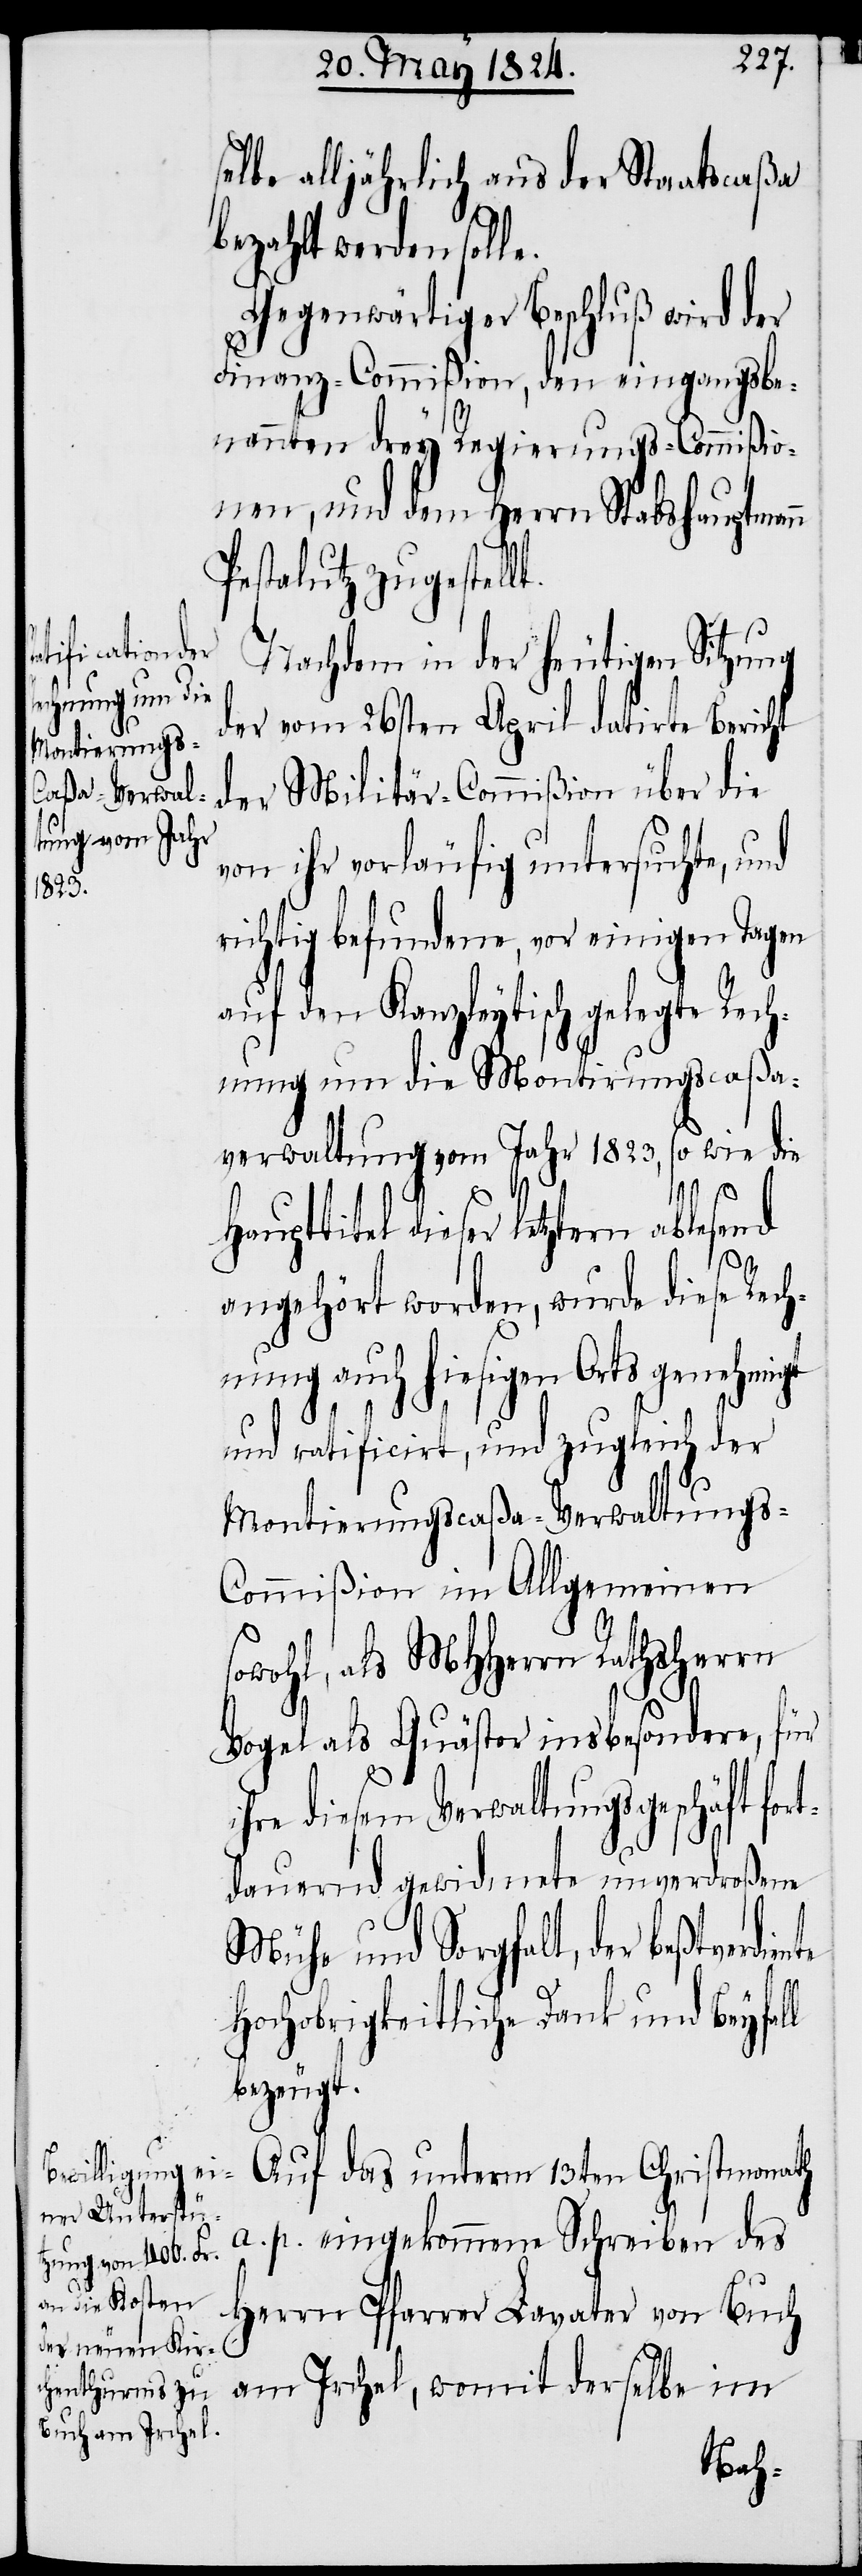
selbe alljährlich aus der Staatscaßa
bezahlt werden solle.
Gegenwärtiger Beschluß wird der
Finanz-Commißion, den eingangs be¬
nannten drey Regierungs-Commißio¬
n, und dem Herrn Stabshauptman¬
Pestalutz zugestell¬
Nachdem in der heutigen Sitzung
der vom 26sten April datirte Bericht
der Militär-Commißion über die
von ihr vorläufig untersuchte, und
richtig befundene, vor einigen Tagen
auf den Kanzleytisch gelegte Rech¬
nung nun die Montirungscaßa¬
verwaltung vom Jahr 1823, so wie die
dieser letztern ablesend
angehört worden, wurde diese Rech¬
nung auch hiesigen Orts genehmigt
te
und ratificirt, und zugleich der
Montierungscaßa-Verwaltungs-C¬
ommißion im Allgemeinen
Irchel, womit derselbe im
Vogel als Quästor insbesondere, für
hre diesem Verwaltungsgeschäft for¬
tdauernd gewidmete unverdroßene
Mühe und Sorgfalt, der beßtverdien¬
Hochobrigkeitliche Dank und Beyfall
bezeugt.
Auf das unterm 13ten Christmonath
a. p. eingekommene Schreiben des
Herrn Pfarrer Lavater von Buch